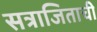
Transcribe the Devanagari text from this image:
सत्राजिताची